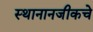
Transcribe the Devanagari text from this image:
स्थानानजीकचे